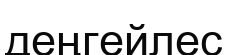
деңгейлес